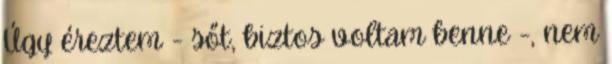
Úgy éreztem - sőt, biztos voltam benne -, nem